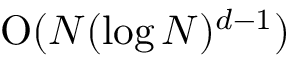
\mathrm { O } ( N ( { \log N } ) ^ { d - 1 } )